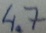
Text: 4.7